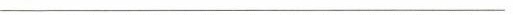
________________________